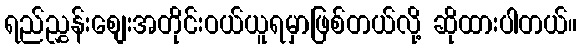
ရည်ညွှန်းစျေးအတိုင်းဝယ်ယူရမှာဖြစ်တယ်လို့ ဆိုထားပါတယ်။